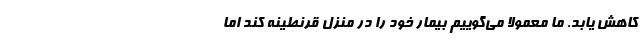
کاهش یابد. ما معمولا می‌گوییم بیمار خود را در منزل قرنطینه کند اما